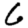
Digit: 6